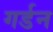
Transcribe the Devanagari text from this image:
गर्डन